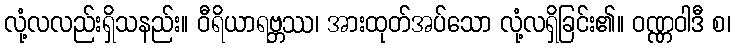
လုံ့လလည်းရှိသနည်း။ ဝီရိယာရဗ္ဘဿ၊ အားထုတ်အပ်သော လုံ့လရှိခြင်း၏။ ဝဏ္ဏဝါဒီ စ၊